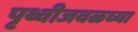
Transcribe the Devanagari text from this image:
पृथ्वीजवळच्या